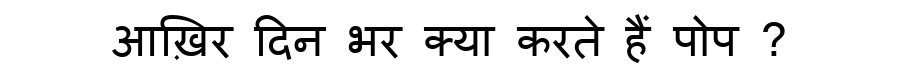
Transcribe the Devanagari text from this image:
आख़िर दिन भर क्या करते हैं पोप ?